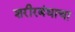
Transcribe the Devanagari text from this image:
शरीरबंधाचा